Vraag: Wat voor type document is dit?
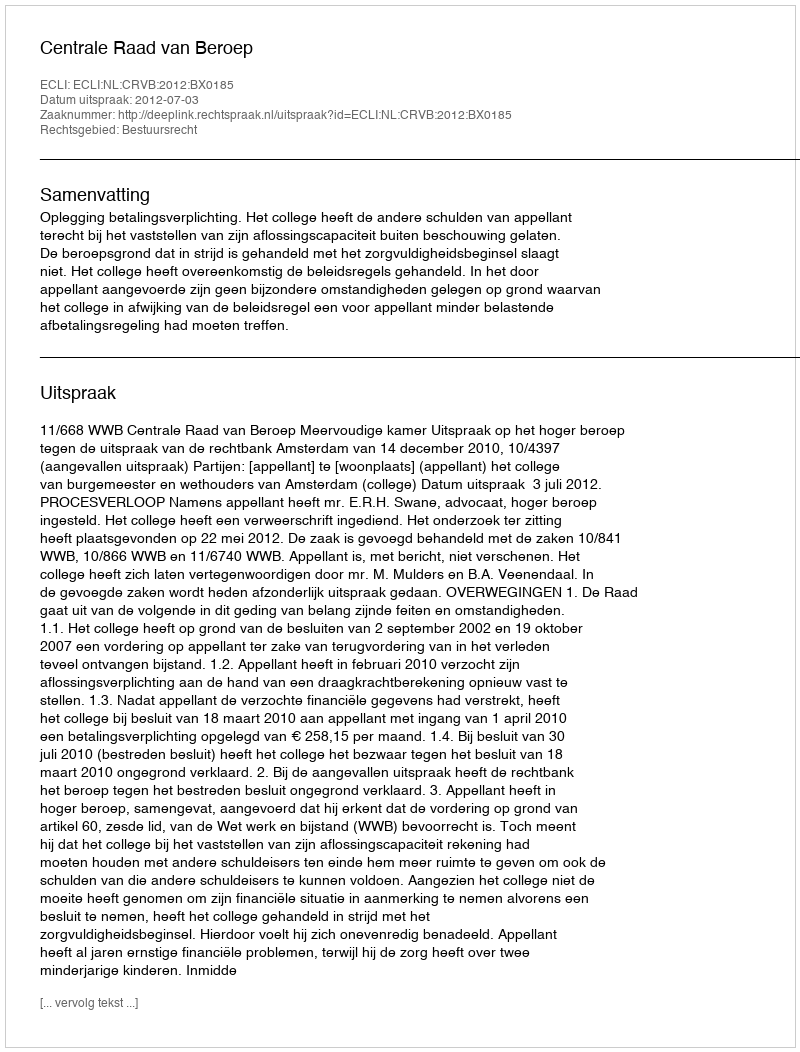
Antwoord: Uitspraak